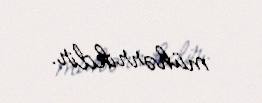
mühərrikdir.